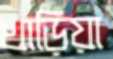
খাড়িয়া